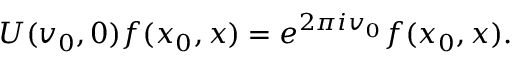
U ( v _ { 0 } , 0 ) f ( x _ { 0 } , x ) = e ^ { 2 \pi i v _ { 0 } } f ( x _ { 0 } , x ) .